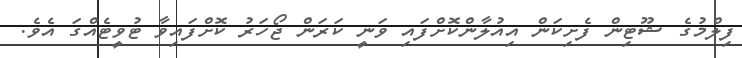
ފިލްމުގެ ޝޫޓިން ފެށިކަން އިއުލާންކޮށްފައި ވަނީ ކަރަން ޖޯހަރު ކޮށްފައިވާ ޓުވީޓެއްގަ އެވެ.